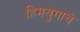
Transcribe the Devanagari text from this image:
हिमयुगाचे